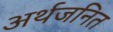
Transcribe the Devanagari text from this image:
अर्थजनित